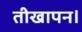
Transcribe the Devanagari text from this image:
तीखापन।